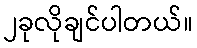
၂ခုလိုချင်ပါတယ်။